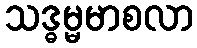
သဒ္ဓမ္မမာစလာ